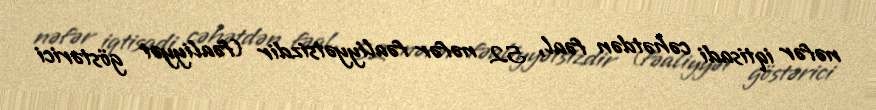
nəfər iqtisadi cəhətdən fəal, 52 nəfər fəaliyyətsizdir (fəaliyyət göstərici